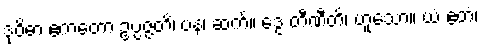
ဒုဝိဓာ ဧကတော ဥပ္ပဇ္ဇတိ၊ ပန၊ ဆက်။ ဒွေ တီဏီတိ၊ ဟူသော။ ယံ ဧတံ၊